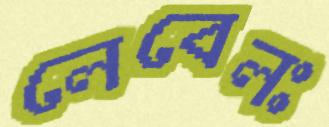
লেবেলঃ